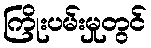
ကြိုးပမ်းမှုတွင်